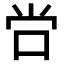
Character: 𫩠